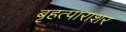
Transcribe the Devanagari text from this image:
बृहत्पाराशर